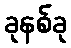
ခုနစ်ခု